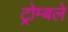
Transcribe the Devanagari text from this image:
ट्रोम्बले